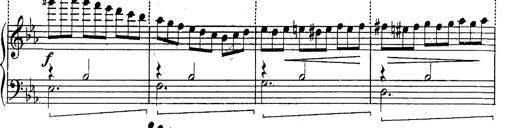
Title: Schubert's Impromptus [revised and edited by Franz Liszt]
Composer: Franz Liszt